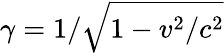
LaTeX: \gamma=1/\sqrt{1-v^{2}/c^{2}}